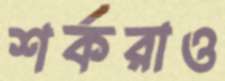
শর্করাও